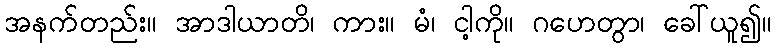
အနက်တည်း။ အာဒါယာတိ၊ ကား။ မံ၊ ငါ့ကို။ ဂဟေတွာ၊ ခေါ်ယူ၍။